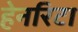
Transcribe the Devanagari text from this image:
हेनरिटा